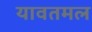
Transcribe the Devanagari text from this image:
यावतमल